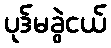
ပုဒ်မခွဲငယ်